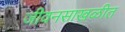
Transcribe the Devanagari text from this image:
जीवनसाखळीत